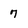
Character: 7